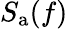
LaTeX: S_{\mathrm{a}}(f)